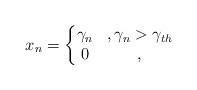
LaTeX: \begin{align*}x_n=\left\{\begin{matrix}\gamma_n&, \gamma_n > \gamma_{th}\\ 0&, \end{matrix}\right.\end{align*}